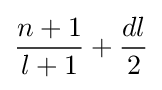
{\frac {n+1}{l+1}}+{\frac {dl}{2}}